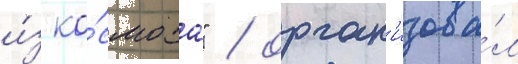
и́з ко́смоса" / орган'изова́л